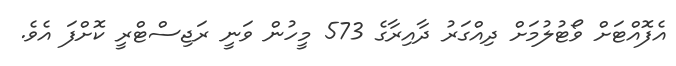
އެފޮއްޓަށް ވޯޓުލުމަށް ދިއްގަރު ދާއިރާގެ 573 މީހުން ވަނީ ރަޖިސްޓްރީ ކޮށްފަ އެވެ.